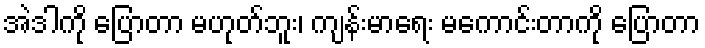
အဲဒါကို ပြောတာ မဟုတ်ဘူး၊ ကျန်းမာရေး မကောင်းတာကို ပြောတာ